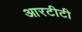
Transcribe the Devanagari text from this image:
आरटीटी